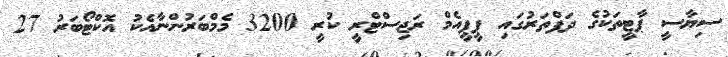
ސިޔާސީ ޕާޓީތަކުގެ ދަފްތަރުގައި ޕީޕީއެމް ރަޖިސްޓްރީ ކުރީ 3200 މެމްބަރުންނާއެކު އޮކްޓޯބަރު 27